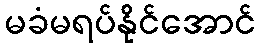
မခံမရပ်နိုင်အောင်